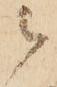
被